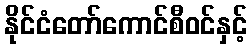
နိုင်ငံတော်ကောင်စီဝင်နှင့်